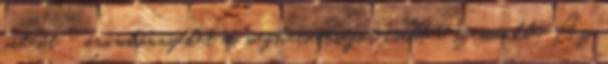
videót - örömkönnyeket és meghatottságot csalt a szemünkbe. Az